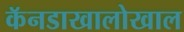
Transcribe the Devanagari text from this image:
कॅनडाखालोखाल